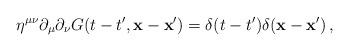
LaTeX: \begin{align*}\eta^{\mu\nu}\partial_{\mu}\partial_{\nu} G(t-t',{\bf x - x'})=\delta(t-t')\delta({\bf x - x'})\,,\end{align*}